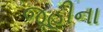
જૂહીના